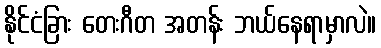
နိုင်ငံခြား တေးဂီတ အတန်း ဘယ်နေရာမှာလဲ။